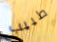
طبيب